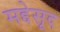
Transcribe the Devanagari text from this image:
मद्देसूद